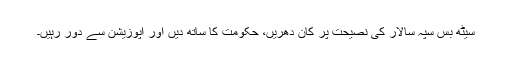
سیٹھ بس سپہ سالار کی نصیحت پر کان دھریں، حکومت کا ساتھ دیں اور اپوزیشن سے دور رہیں۔